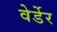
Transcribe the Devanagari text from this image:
वेर्डेर